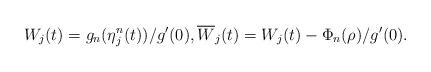
LaTeX: \begin{align*}W_j (t) = g_n (\eta^n_j (t ) ) / g^\prime (0) , \overline{W }_j (t)= W_j (t) - \Phi_n (\rho ) / g^\prime (0) .\end{align*}